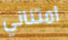
امتناني